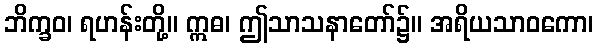
ဘိက္ခဝ၊ ရဟန်းတို့။ ဣဓ၊ ဤသာသနာတော်၌။ အရိယသာဝကော၊